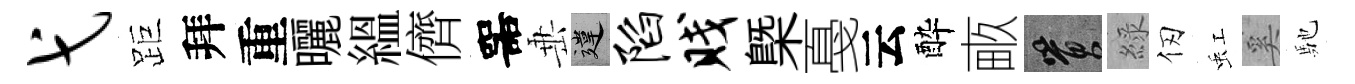
弋距拜重曬緼儕噐𡸁違陷贱槩戞云酔畞篔綠仞虹奚馳